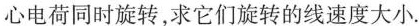
心电荷同时旋转，求它们旋转的线速度大小.